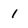
Character: 1